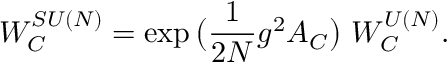
{ \cal W } _ { { \cal C } } ^ { S U ( N ) } = \exp \big ( \frac { 1 } { 2 N } g ^ { 2 } { \cal A } _ { { \cal C } } \big ) ~ { \cal W } _ { { \cal C } } ^ { U ( N ) } .